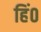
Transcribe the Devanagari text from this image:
हिं०